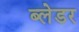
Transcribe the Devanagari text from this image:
ब्लेडर